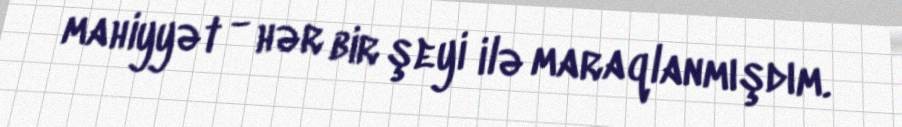
mahiyyət - hər bir şeyi ilə maraqlanmışdım.